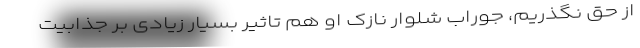
از حق نگذریم، جوراب شلوار نازک او هم تاثیر بسیار زیادی بر جذابیت